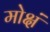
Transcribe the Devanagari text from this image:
मोक्षं